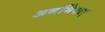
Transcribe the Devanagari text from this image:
अनभिरत्